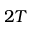
2 T